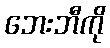
ဘေးဘီကို